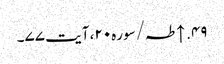
۴۹. ↑ طہ/سوره۲۰، آیت ۷۷۔